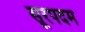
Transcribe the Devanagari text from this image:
सूरपदम